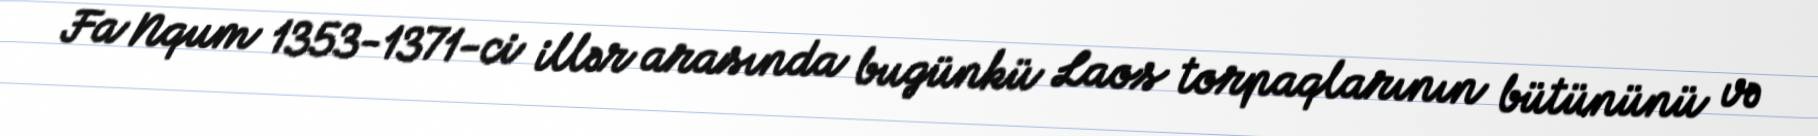
Fa Nqum 1353-1371-ci illər arasında bugünkü Laos torpaqlarının bütününü və